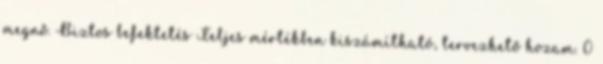
megnő. Biztos befektetés Teljes mértékben kiszámítható, tervezhető hozam. 0